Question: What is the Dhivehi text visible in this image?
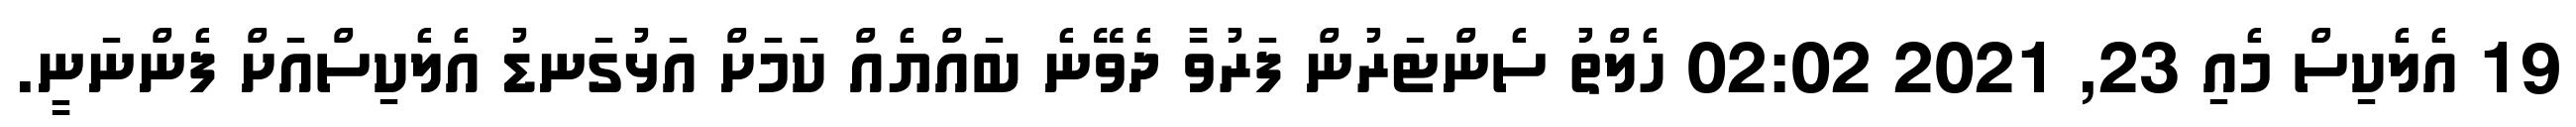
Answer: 19 އެލެކިސް މެއި 23, 2021 02:02 ހެލްތު ސެންޓަރުން ފަރުވާ ދެވޭނެ ބައްޔެއް ކަމަށް އަޅުގަނޑު އެލެކިސްއަށް ފެންނަނީ.